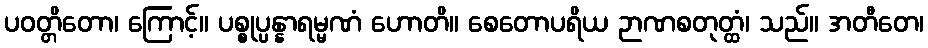
ပဝတ္တိတော၊ ကြောင့်။ ပစ္စုပ္ပန္နာရမ္မဏံ ဟောတိ။ စေတောပရိယ ဉာဏစတုတ္ထံ၊ သည်။ အတီတေ၊